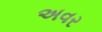
અવર